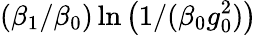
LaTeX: (\beta_{1}/\beta_{0})\ln\left(1/(\beta_{0}g_{0}^{2})\right)